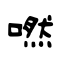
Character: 嘫